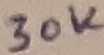
Text: 30K